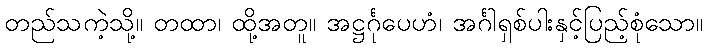
တည်သကဲ့သို့။ တထာ၊ ထို့အတူ။ အဋ္ဌင်္ဂုပေဟံ၊ အင်္ဂါရှစ်ပါးနှင့်ပြည့်စုံသော။